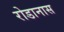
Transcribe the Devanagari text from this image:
रोडानास